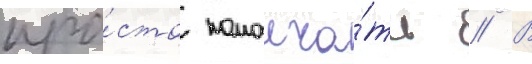
про́сто помолча́ть // В